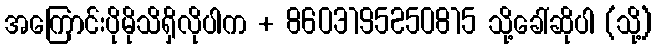
အကြောင်းပိုမိုသိရှိလိုပါက + 8603195250815 သို့ခေါ်ဆိုပါ (သို့)